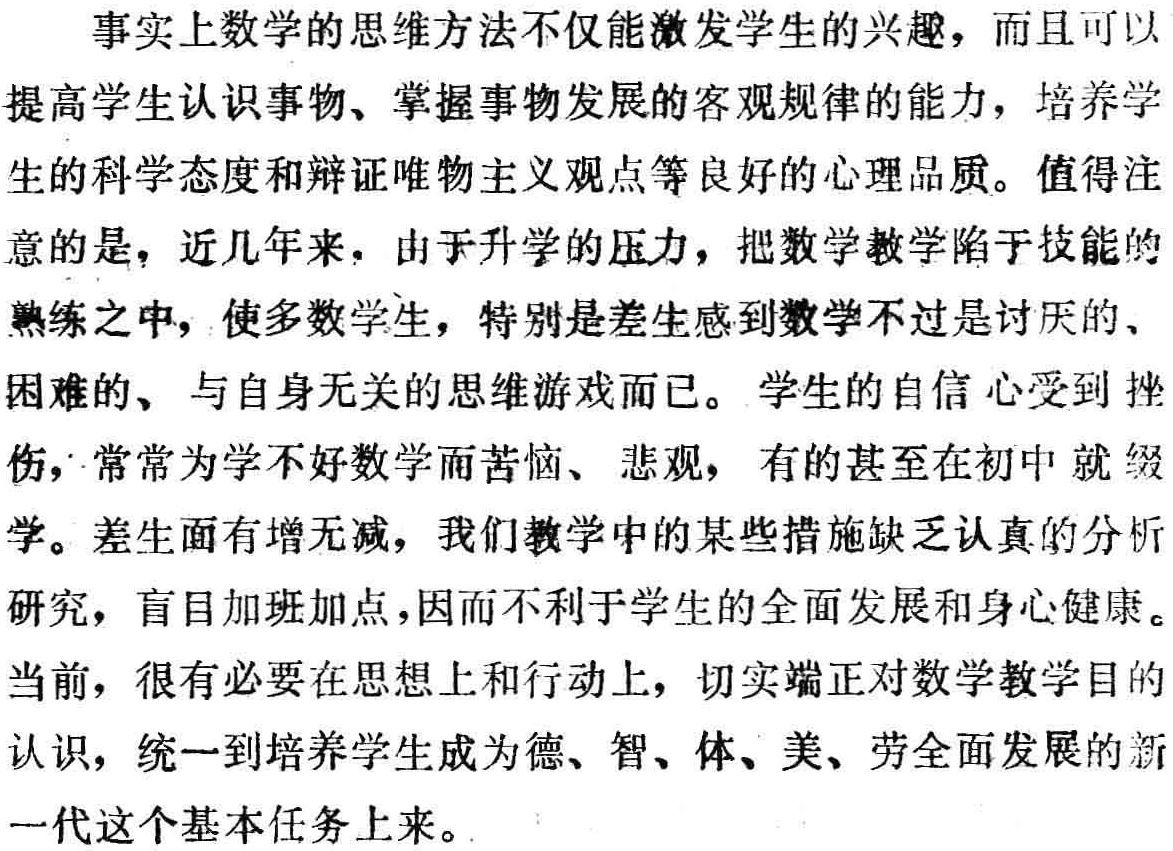
事实上数学的思维方法不仅能激发学生的兴趣，而且可以

提高学生认识事物、掌握事物发展的客观规律的能力，培养学

生的科学态度和辩证唯物主义观点等良好的心理品质。值得注

意的是，近几年来，由于升学的压力，把数学教学陷于技能的

熟练之中，使多数学生，特别是差生感到数学不过是讨厌的、

困难的、与自身无关的思维游戏而已。学生的自信心受到挫

伤，常常为学不好数学而苦恼、悲观，有的甚至在初中就辍

学。差生面有增无减，我们教学中的某些措施缺乏认真的分析

研究，盲目加班加点，因而不利于学生的全面发展和身心健康。

当前，很有必要在思想上和行动上，切实端正对数学教学目的

认识，统一到培养学生成为德、智、体、美、劳全面发展的新

一代这个基本任务上来。